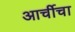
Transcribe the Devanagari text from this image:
आर्चीचा